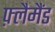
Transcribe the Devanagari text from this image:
फ़्लैमैंड